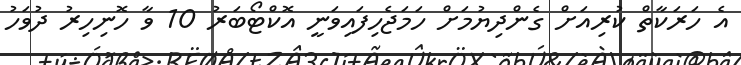
އެ ހަރަކާތް ކުރިއަށް ގެންދިޔުމަށް ހަމަޖެހިފައިވަނީ އޮކްޓޯބަރު 10 ވާ ހޮނިހިރު ދުވަހު